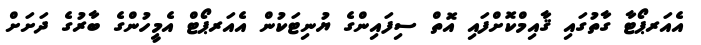
އެއަރޕޯޓާ ގާތުގައި ޤާއިމްކޮށްފައި އޮތް ސިފައިންގެ ޔުނިޓަކުން އެއަރޕޯޓް އެމީހުންގެ ބާރުގެ ދަށަށް